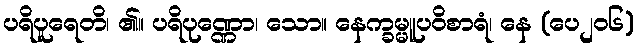
ပရိပူရေတိ၊ ၏။ ပရိပုဏ္ဏော၊ သော။ နေက္ခမ္မူပဝိစာရံ၊ နေ (ပေ၂၀၆)